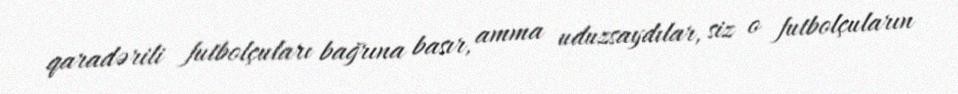
qaradərili futbolçuları bağrına basır, amma uduzsaydılar, siz o futbolçuların